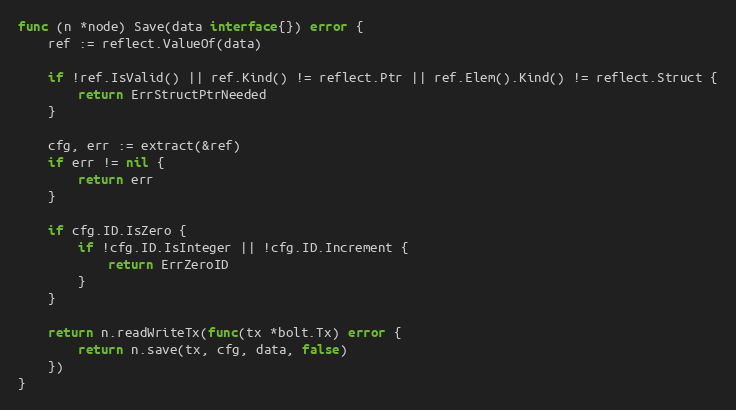
Language: Go
func (n *node) Save(data interface{}) error {
	ref := reflect.ValueOf(data)

	if !ref.IsValid() || ref.Kind() != reflect.Ptr || ref.Elem().Kind() != reflect.Struct {
		return ErrStructPtrNeeded
	}

	cfg, err := extract(&ref)
	if err != nil {
		return err
	}

	if cfg.ID.IsZero {
		if !cfg.ID.IsInteger || !cfg.ID.Increment {
			return ErrZeroID
		}
	}

	return n.readWriteTx(func(tx *bolt.Tx) error {
		return n.save(tx, cfg, data, false)
	})
}